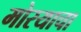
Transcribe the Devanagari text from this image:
मोरयाचा